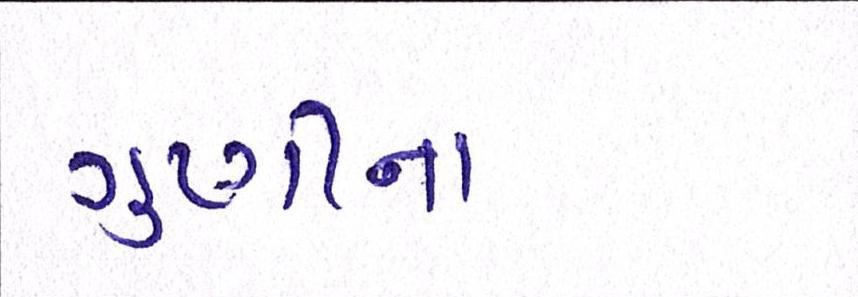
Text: ગુણીના